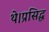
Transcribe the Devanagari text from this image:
थे।प्रसिद्ध